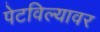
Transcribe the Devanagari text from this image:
पेटविल्यावर